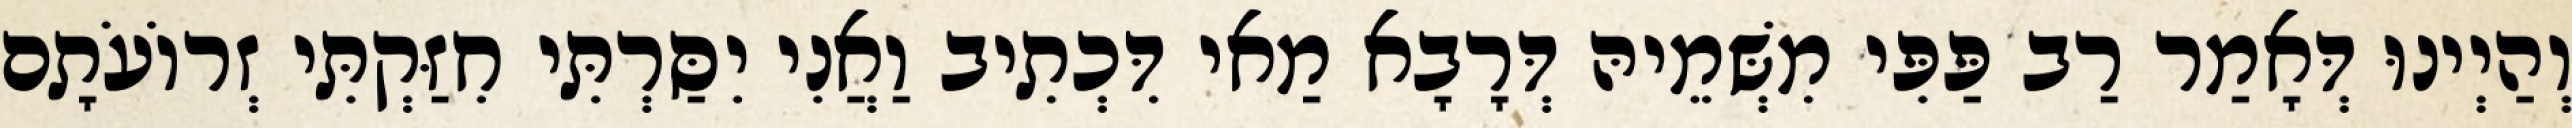
וְהַיְינוּ דְּאָמַר רַב פַּפִּי מִשְּׁמֵיהּ דְּרָבָא מַאי דִּכְתִיב וַאֲנִי יִסַּרְתִּי חִזַּקְתִּי זְרוֹעֹתָם